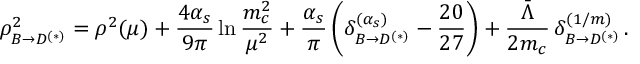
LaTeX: \rho _ { B \to D ^ { ( * ) } } ^ { 2 } = \rho ^ { 2 } ( \mu ) + { \frac { 4 \alpha _ { s } } { 9 \pi } } \ln { \frac { m _ { c } ^ { 2 } } { \mu ^ { 2 } } } + { \frac { \alpha _ { s } } { \pi } } \, \bigg ( \delta _ { B \to D ^ { ( * ) } } ^ { ( \alpha _ { s } ) } - { \frac { 2 0 } { 2 7 } } \bigg ) + { \frac { \bar { \Lambda } } { 2 m _ { c } } } \, \delta _ { B \to D ^ { ( * ) } } ^ { ( 1 / m ) } \, .